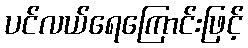
ပင်လယ်ရေကြောင်းဖြင့်